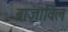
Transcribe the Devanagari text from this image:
ब्राज़ाविल